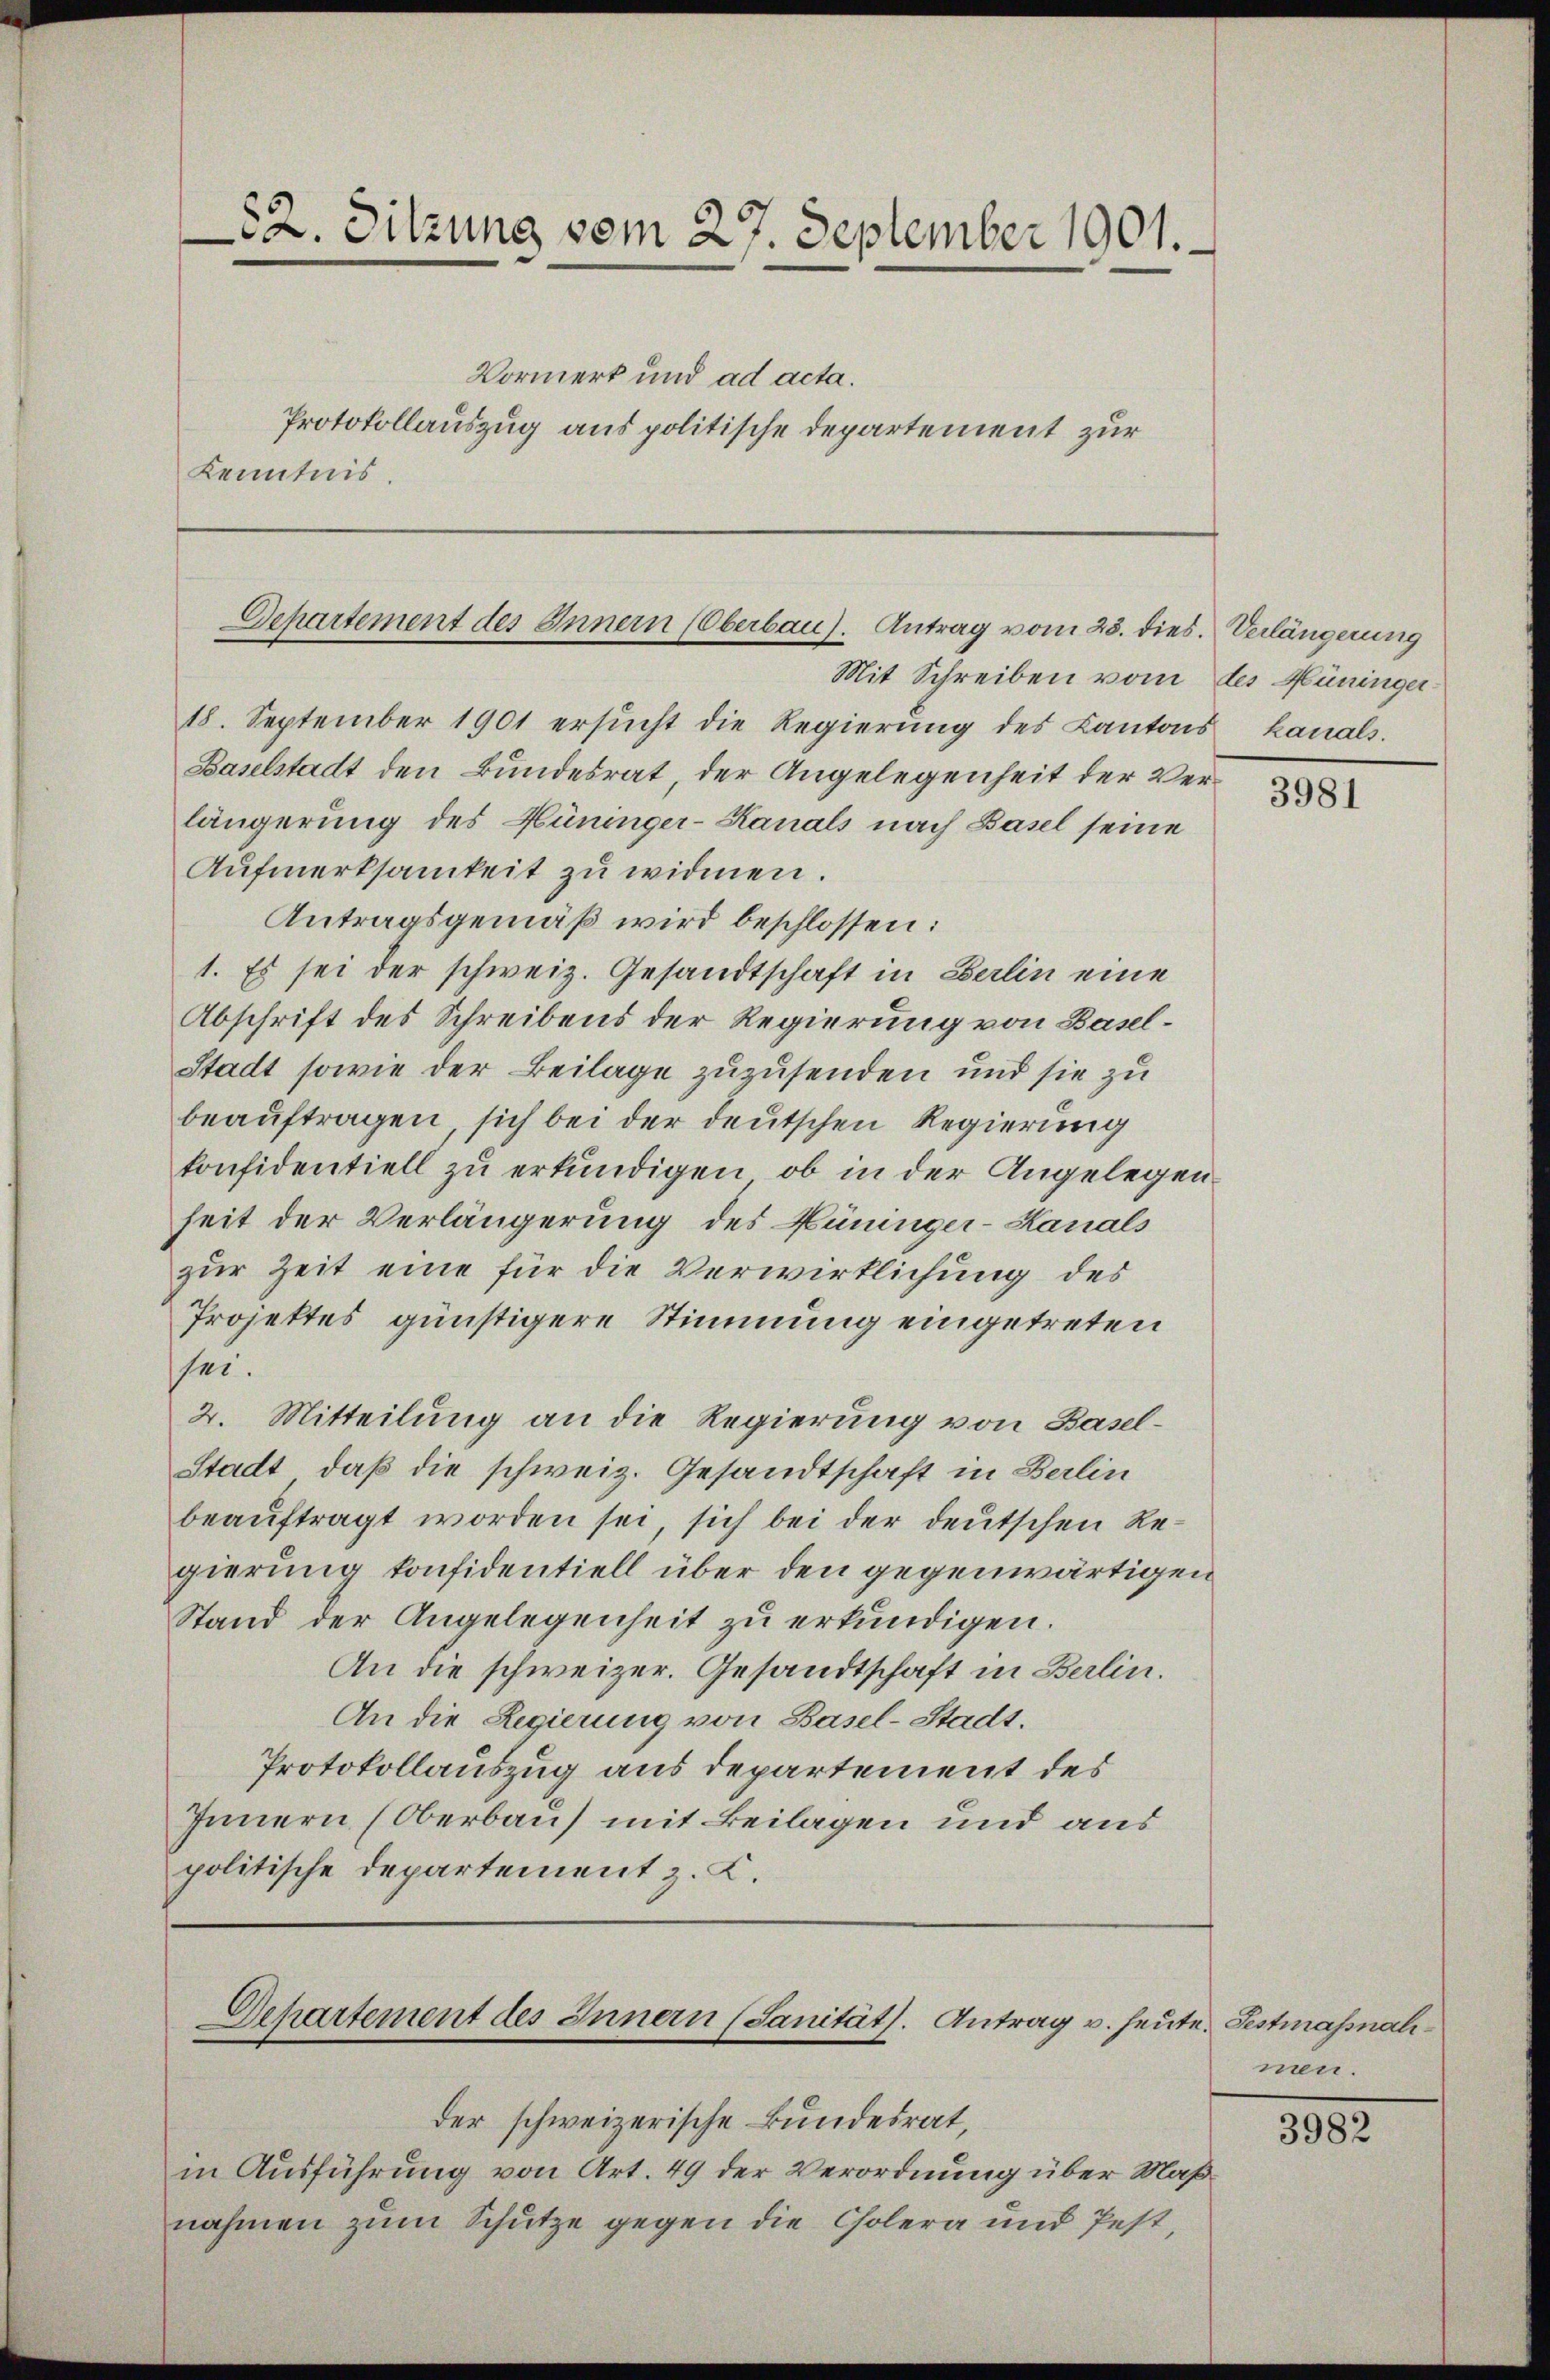
52. Sitzung vom 27. September 1901.
Vormerk und ad acta.
Protokollauszug aus politische Departement zur
Kenntnis

Departement des Innern Oberbau. Antrag vom 28. dies. Verlängerung
Mit Schreiben vom des Hüninger

18. September 1901 ersŭcht die Regierŭng des Kantons kanals.
Baselstadt den Bundesrat, der Angelegenheit der Verlängerung des Hüninger-Kanals nach Basel seine
Aufmerksamkeit zu widmen.
Antragsgemäß wird beschlossen:
1. Es sei der schweiz. Gesandtschaft in Berlin eine
Abschrift des Schreibens der Regierung von Basel¬
Stadt sowie der Beilage zuzusenden und sie zu
beauftragen, sich bei der deutschen Regierung
konfidentiell zu erkundigen, ob in der Angelegen
heit der Verlängerung des Hüninger-Kanals
zur Zeit eine für die Verwirklichung des
Projektes günstigere Stimmung eingetreten
sei.
2. Mitteilung an die Regierung von Basel¬
Stadt, daß die schweiz. Gesandtschaft in Berlin
beaŭftragt worden sei, sich bei der deutschen Regierung konfidentiell über den gegenwärtigen
Stand der Angelegenheit zu erkundigen.
An die schweizer. Gesandtschaft in Berlin.
An die Regierung von Basel-Stadt.
Protokollauszug aus departement des
Innern (Oberbau mit Beilagen und aus
politische Departement z. K.

Dehartement des Innern (Sanität. Antrag u. heute. Festmassnahder schweizerische Bundesrat,

in Ausführung von Art. 49 der Verordnung über Maßnahmen zum Schutze gegen die Cholera und Pest

3981

men.

3982